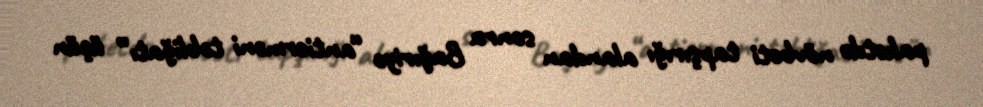
paketdə növbəti tapşırığı alandan sonra Bağıriyə “antierməni təbliğatı” üçün